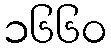
၁၆၆၀